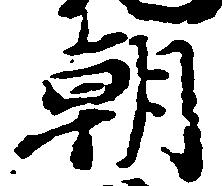
朝